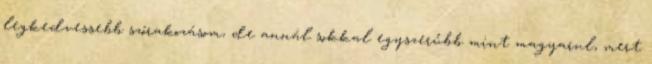
legkedvessebb szórakozásom, de annál sokkal egyszerűbb mint magyarul, mert